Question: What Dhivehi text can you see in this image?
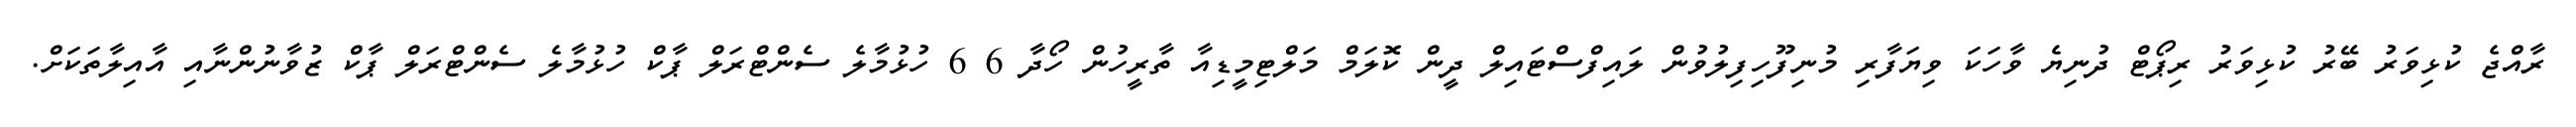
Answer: ރާއްޖެ ކުޅިވަރު ބޭރު ކުޅިވަރު ރިޕޯޓް ދުނިޔެ ވާހަކަ ވިޔަފާރި މުނިފޫހިފިލުވުން ލައިފްސްޓައިލް ދީން ކޮލަމް މަލްޓިމީޑިއާ ތާރީހުން ހޯދާ 6 6 ހުޅުމާލެ ސެންޓްރަލް ޕާކް ހުޅުމާލެ ސެންޓްރަލް ޕާކް ޒުވާނުންނާއި އާއިލާތަކަށް.